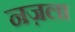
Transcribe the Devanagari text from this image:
नज़ला